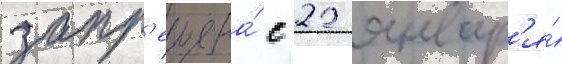
запр'ещена́ с 22 январ'я́